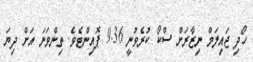
ހޯދި ޖައިލަމް ނިޒާރަށް ސްކޯ ކުރެވުނީ 9.36 ޕޮއިންޓެވެ. ތިންވަނަ އަށް ދިޔަ